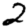
Digit: 2